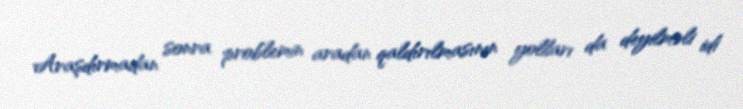
Araşdırmadan sonra problemin aradan qaldırılmasının yolları da deyilməli idi